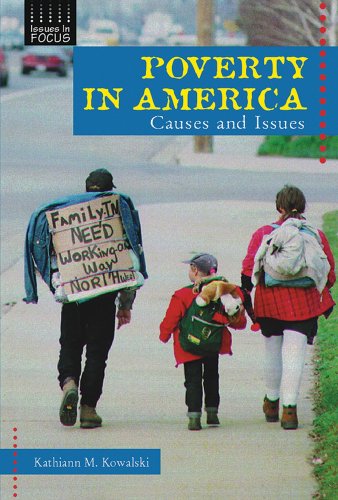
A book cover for Poverty in America: Causes and Issues (Issues in Focus); Kathiann M. Kowalski; Teen & Young Adult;